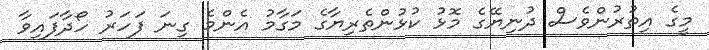
މީގެ އިތުރުންވެސް ދުނިޔޭގެ މޮޅު ކުޅުންތެރިޔާގެ މަގާމު އެންމެ ގިނަ ފަހަރު ހޯދާފައިވާ